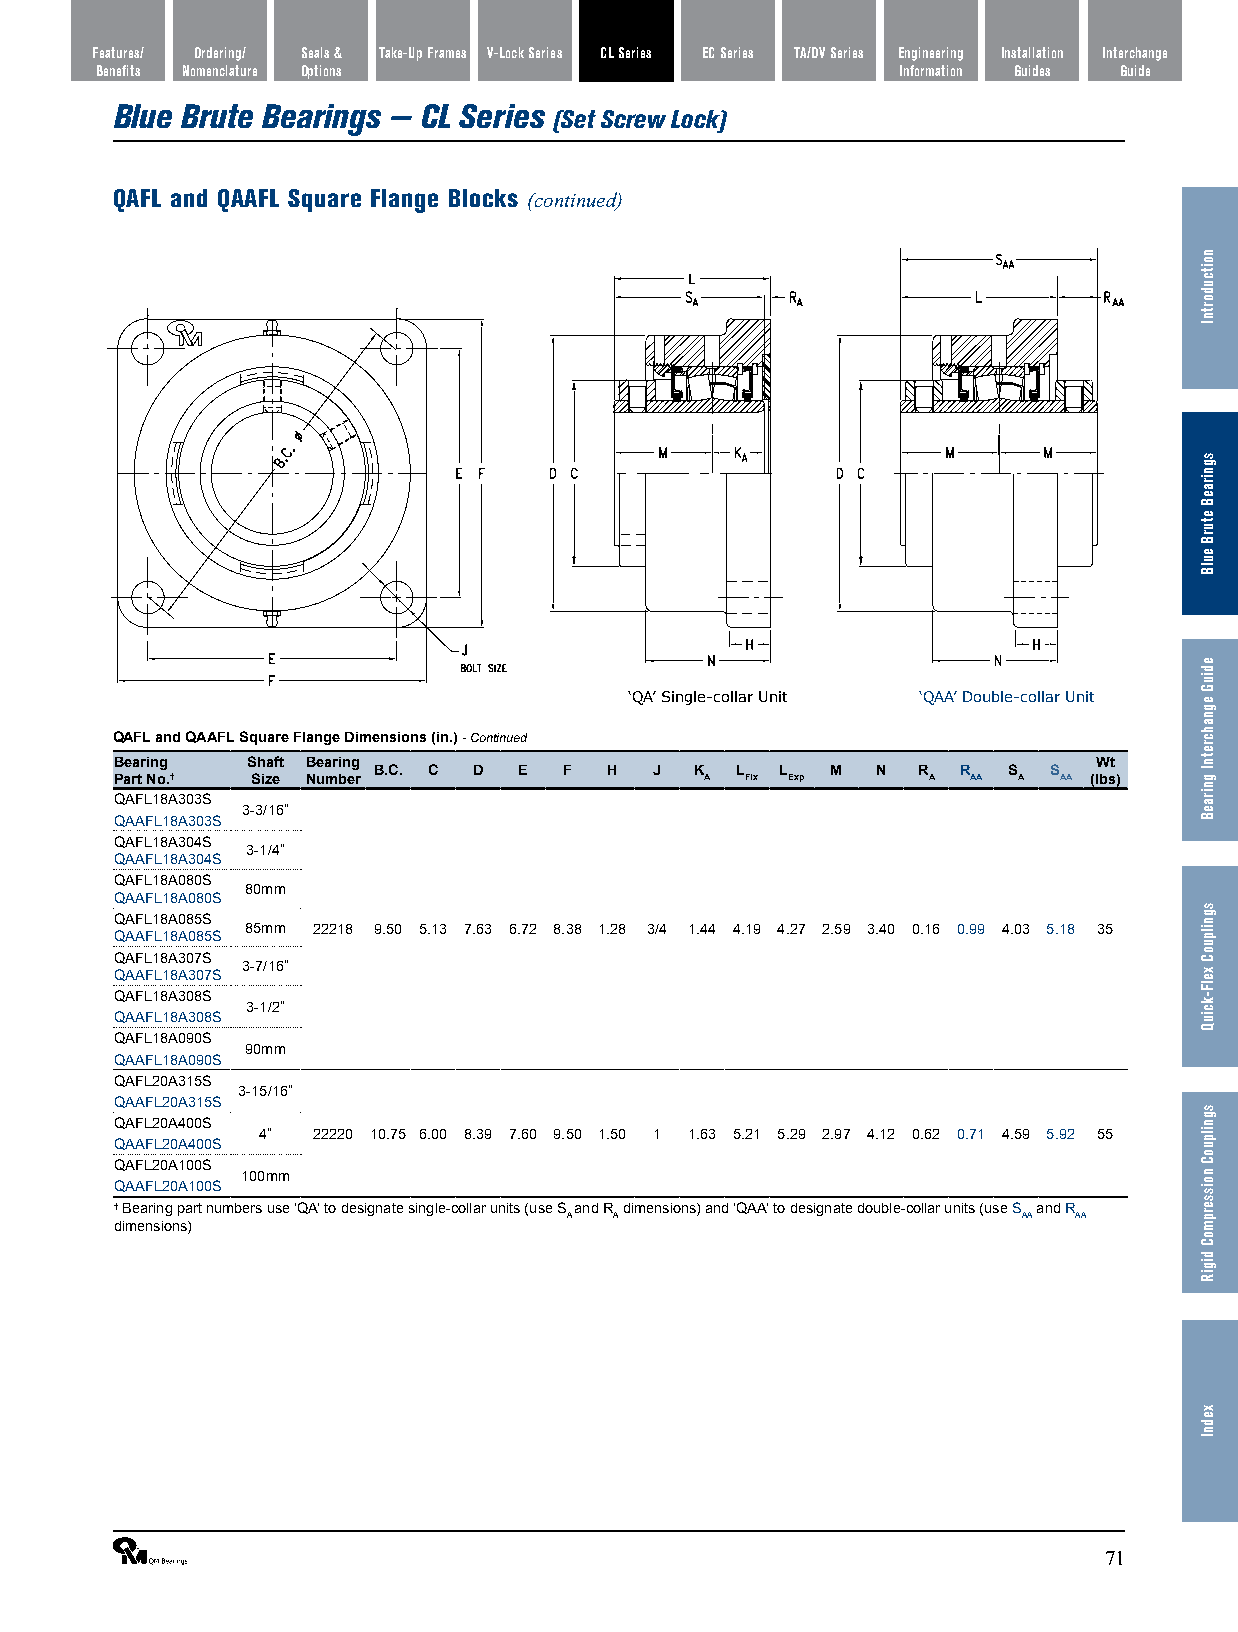
Features/ Ordering/ Seals & Take-Up Frames V-Lock Series CL Series EC Series TA/DV Series Engineering Installation Interchange
 Benefits Nomenclature Options                         Information Guides Guide
 Blue Brute Bearings — CL Series
 (Set Screw Lock)
 QAFL and QAAFL Square Flange Blocks (continued)
 ‘QA’ Single-collar Unit ‘QAA’ Double-collar Unit
 QAFL and QAAFL Square Flange Dimensions (in.) - Continued
 Bearing Shaft Bearing                                            Wt
 B.C. C D E  F  H  J  K  L  L  M  N  R  R  S S
 Part No.† Size Number                  A Fix Exp     A  AA A  AA (lbs)
 QAFL18A303S
 3-3/16”
 QAAFL18A303S
 QAFL18A304S
 3-1/4”
 QAAFL18A304S
 QAFL18A080S
 80mm
 QAAFL18A080S
 QAFL18A085S
 85mm 22218 9.50 5.13 7.63 6.72 8.38 1.28 3/4 1.44 4.19 4.27 2.59 3.40 0.16 0.99 4.03 5.18 35
 QAAFL18A085S
 QAFL18A307S
 3-7/16” QAAFL18A307S
 QAFL18A308S
 3-1/2”
 QAAFL18A308S
 QAFL18A090S
 90mm
 QAAFL18A090S
 QAFL20A315S
 3-15/16”
 QAAFL20A315S
 QAFL20A400S
 4”  22220 10.75 6.00 8.39 7.60 9.50 1.50 1 1.63 5.21 5.29 2.97 4.12 0.62 0.71 4.59 5.92 55
 QAAFL20A400S
 QAFL20A100S
 100mm
 QAAFL20A100S
 † Bearing part numbers use ‘QA’ to designate single-collar units (use S and R dimensions) and ‘QAA’ to designate double-collar units (use S and R
 A  A                          AA AA
 dimensions)
 ®                                                               71
 noitcudortnI
 sgniraeB
 eturB
 eulB
 ediuG
 egnahcretnI
 gniraeB
 sgnilpuoC
 xelF-kciuQ
 sgnilpuoC
 noisserpmoC
 digiR
 xednI